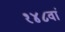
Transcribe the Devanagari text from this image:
१४८वां